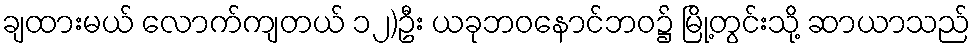
ချထားမယ် လောက်ကျတယ် ၁၂)ဦး ယခုဘဝနောင်ဘဝ၌ မြို့တွင်းသို့ ဆာယာသည်